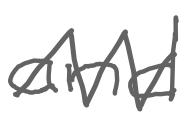
Text: and
Cross-out: zig-zag
Writing tool: digital_gray